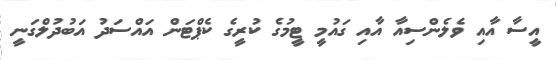
އީސާ އާއި ވެލެންސިއާ އާއި ގައުމީ ޓީމުގެ ކުރީގެ ކެޕްޓަން އައްސަދު އަބުދުލްގަނީ